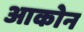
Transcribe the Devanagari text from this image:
आकोन